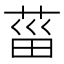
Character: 菑